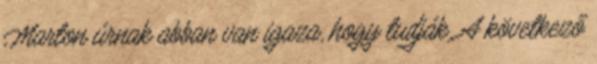
Marton úrnak abban van igaza, hogy tudják. A következő